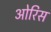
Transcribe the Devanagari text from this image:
ओरिस